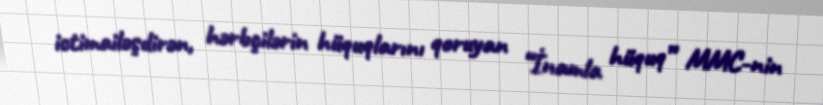
ictimailəşdirən, hərbçilərin hüquqlarını qoruyan “İnamla hüquq” MMC-nin